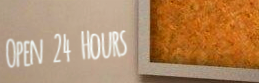
Open 24 Hours